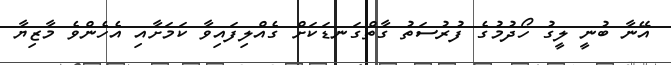
އޭނާ ބުނީ ލީގު ހޯދުމުގެ ފުރުސަތު ގާތްގަނޑަކަށް ގެއްލިފައިވާ ކަމަށާއި އެހެންވެ މާޒިޔާ